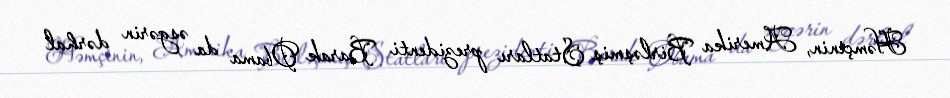
Həmçinin, Amerika Birləşmiş Ştatları prezidenti Barak Obama da əsgərin dərhal